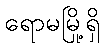
ရောမမြို့ရှိ